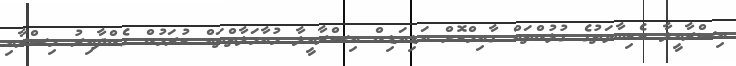
އިސްރާއީލާ އެކިބާވަތުގެ ގުޅުންތައް ގާއިމްކޮށް އަޑިއަޑިން އިސްރާއީލާ މުއާމަލާތްތައް ކުރަމުން ގެންދާއިރު މިސްރާއި